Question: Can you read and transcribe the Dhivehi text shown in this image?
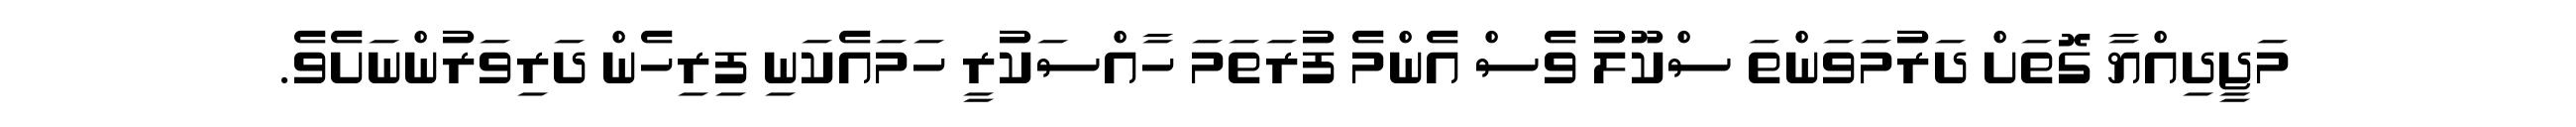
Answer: މަޖީދިއްޔާ ގޮތަށް ދަރުމަވަންތަ ސްކޫލު ވެސް އެންމެ ފުރަތަމަ ހާއްސަކުރީ ހަމައެކަނި ފިރިހެން ދަރިވަރުންނަށެވެ.